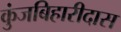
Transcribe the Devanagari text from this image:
कुंजबिहारीदास